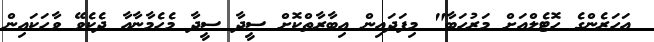
އަހަރެންގެ ހޮޮޓެލްއަށް މަރުހަބާ" މިފަދައިން އިބާރާތްކޮށް ސީދާ ސީދާ މެހެމާނާއާ ދެކެވޭ ވާހަކައިން